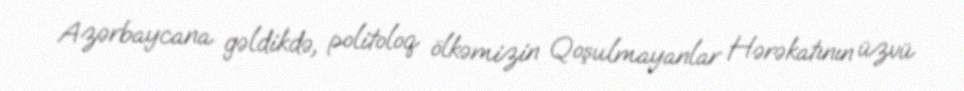
Azərbaycana gəldikdə, politoloq ölkəmizin Qoşulmayanlar Hərəkatının üzvü